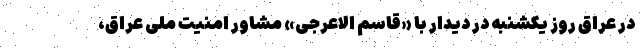
در عراق روز یکشنبه در دیدار با «قاسم الاعرجی» مشاور امنیت ملی عراق،